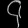
Digit: ၄